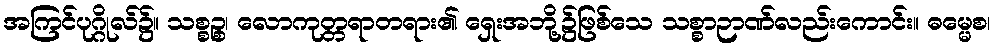
အကြင်ပုဂ္ဂိုလ်၌။ သစ္စဉ္စ၊ လောကုတ္တရာတရား၏ ရှေးအဘို့၌ဖြစ်သေ သစ္စာဉာဏ်လည်းကောင်း။ ဓမ္မေစ၊